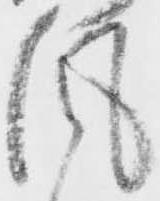
風